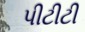
પીટીટી